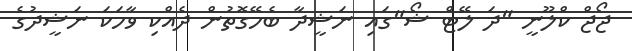
ޖޯޖް ކްލޫނީ "ދަ ލޭޓް ޝޯ"ގައި ނަޝީދާ ބެހޭގޮތުން ދެއްކި ވާހަކަ ނަޝީދުގެ